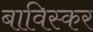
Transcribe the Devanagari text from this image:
बाविस्कर